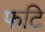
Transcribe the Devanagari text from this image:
फटि